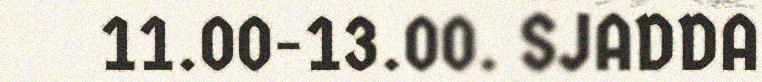
11.00-13.00. SJADDA